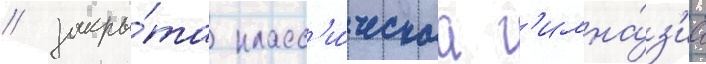
/ закры́та класс'и́ческаа г'имна́з'иа